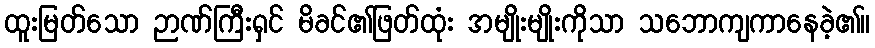
ထူးမြတ်သော ဉာဏ်ကြီးရှင် မိခင်၏ဖြတ်ထုံး အမျိုးမျိုးကိုသာ သဘောကျကာနေခဲ့၏။